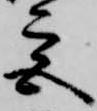
宮